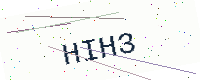
Text: HIH3